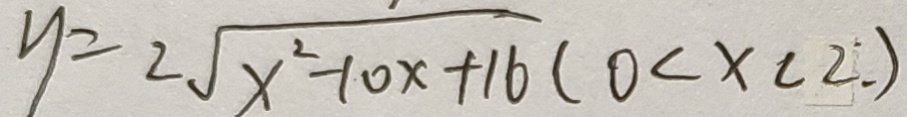
y = 2 \sqrt { x ^ { 2 } - 1 0 x + 1 6 } ( 0 < x < 2 : )